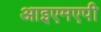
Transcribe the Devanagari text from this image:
आइएमएपी